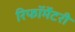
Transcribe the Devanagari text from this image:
रिफॉर्मेटरी